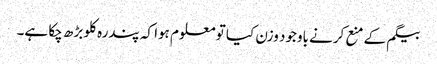
بیگم کے منع کرنے باوجود وزن کیا تو معلوم ہوا کہ پندرہ کلو بڑھ چکا ہے۔